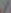
/